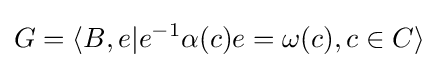
G=\langle B,e|e^{-1}\alpha (c)e=\omega (c),c\in C\rangle